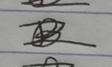
Signature authenticity: forged